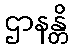
ဌာနန္တိ